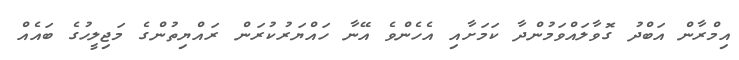
އިމްރާން އަބްދު ގޮވާލައްވަމުންދާ ކަމަށާއި އެހެންވެ އޭނާ ހައްޔަރުކުރަން ރައްޔިތުންގެ މަޖިލީހުގެ ބައެއް